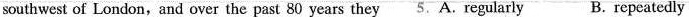
southwest of London,and over the past 80 years they.A. regularly B. repeatedly